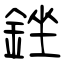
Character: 銼